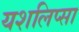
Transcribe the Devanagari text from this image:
यशलिप्सा